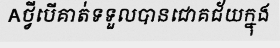
Aថ្វីបើគាត់ទទួលបានជោគជ័យក្នុង